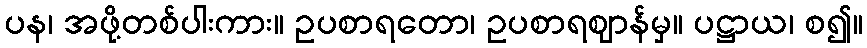
ပန၊ အဖို့တစ်ပါးကား။ ဥပစာရတော၊ ဥပစာရဈာန်မှ။ ပဋ္ဌာယ၊ စ၍။